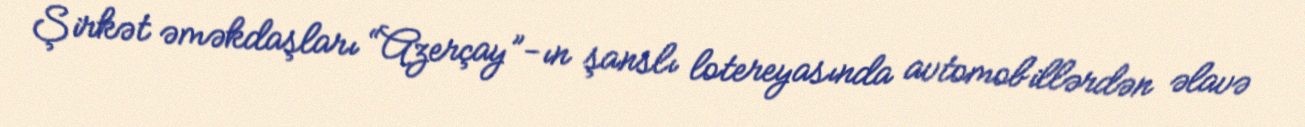
Şirkət əməkdaşları “Azerçay”-ın şanslı lotereyasında avtomobillərdən əlavə